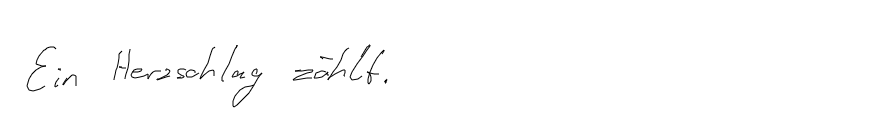
Ein Herzschlag zählt.